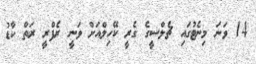
14 ވަނަ މިނެޓުގައި ޗެލްސީގެ ގެރީ ކޭހިލްއަށް ވަނީ ރެފްރީ ރަތް ކާޑު